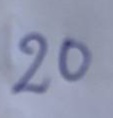
20